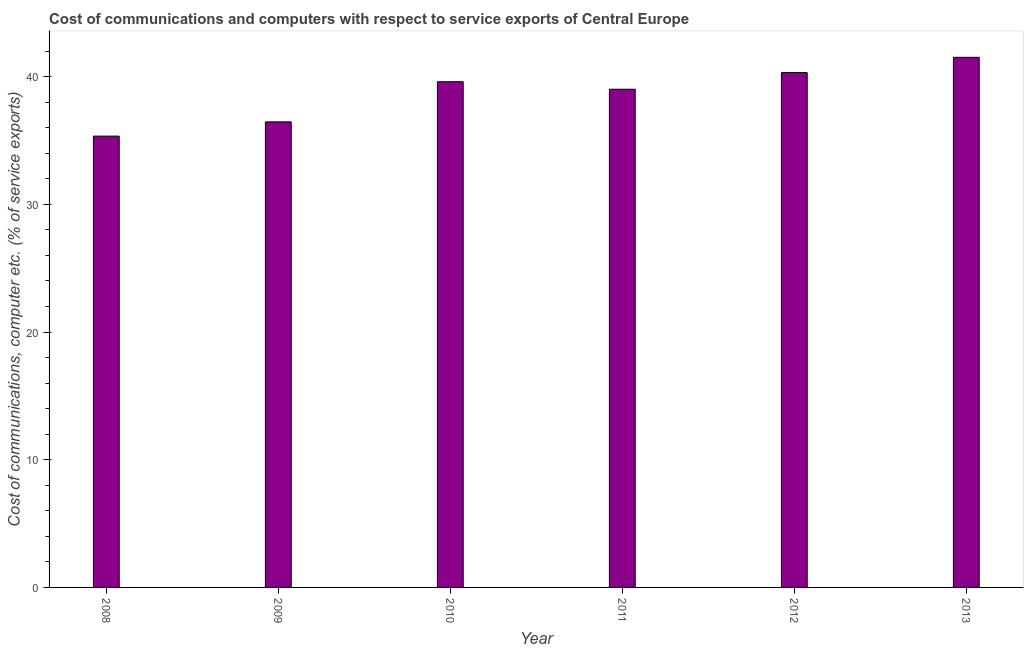
| Year | Communications |
 | --- | --- |
 | 2008 | 35.3 |
 | 2009 | 36.5 |
 | 2010 | 39.6 |
 | 2011 | 39 |
 | 2012 | 40.3 |
 | 2013 | 41.5 |